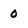
Character: 0